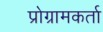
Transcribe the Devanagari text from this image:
प्रोग्रामकर्ता